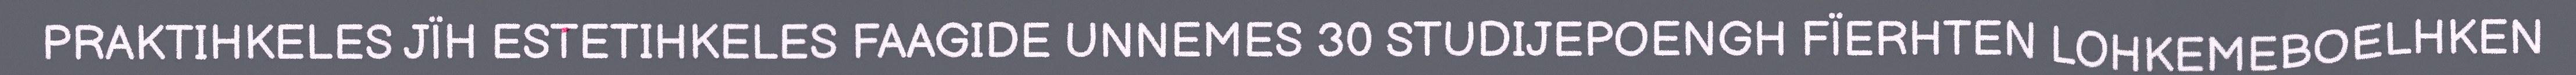
PRAKTIHKELES JÏH ESTETIHKELES FAAGIDE UNNEMES 30 STUDIJEPOENGH FÏERHTEN LOHKEMEBOELHKEN